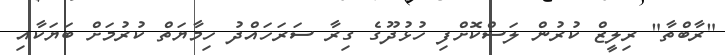
"ރާބްތާ" ރިލީޒް ކުރުން ލަސްކޮށްފި ހުޅުދޫގެ ގިރާ ސަރަހައްދު ހިމާޔަތް ކުރުމަށް ބަޔަކާއި